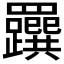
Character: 𦍂